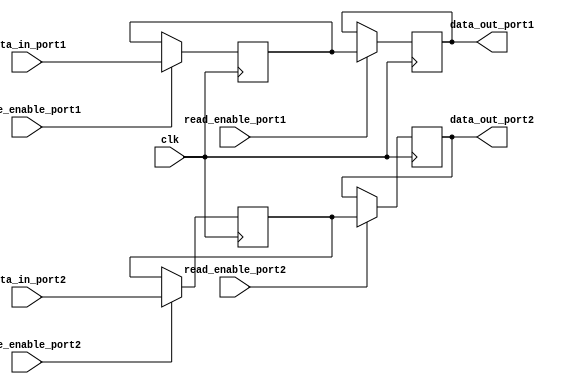
module dual_port_register (
    input wire clk,
    input wire [7:0] data_in_port1,
    input wire write_enable_port1,
    input wire read_enable_port1,
    output reg [7:0] data_out_port1,
    
    input wire [7:0] data_in_port2,
    input wire write_enable_port2,
    input wire read_enable_port2,
    output reg [7:0] data_out_port2
);

reg [7:0] register [1:2];

always @(posedge clk) begin
    if(write_enable_port1) begin
        register[1] <= data_in_port1;
    end
    
    if(write_enable_port2) begin
        register[2] <= data_in_port2;
    end
    
    if(read_enable_port1) begin
        data_out_port1 <= register[1];
    end
    
    if(read_enable_port2) begin
        data_out_port2 <= register[2];
    end
end

endmodule